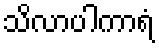
သိလာပါကာရံ